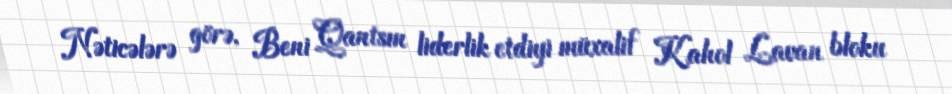
Nəticələrə görə, Beni Qantsın liderlik etdiyi müxalif Kahol Lavan bloku